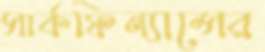
সার্কফিন্যান্সের